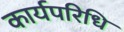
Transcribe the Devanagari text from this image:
कार्यपरिधि